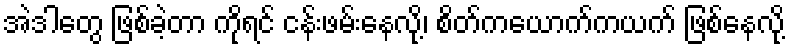
အဲဒါတွေ ဖြစ်ခဲ့တာ ကိုရင် ငန်းဖမ်းနေလို့၊ စိတ်ကယောက်ကယက် ဖြစ်နေလို့